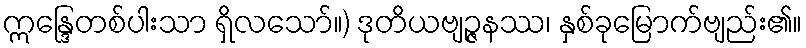
ဣန္ဒြေတစ်ပါးသာ ရှိလသော်။) ဒုတိယဗျဉ္ဇနဿ၊ နှစ်ခုမြောက်ဗျည်း၏။